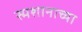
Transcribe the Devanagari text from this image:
स्मशानाच्या